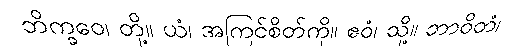
ဘိက္ခဝေ၊ တို့။ ယံ၊ အကြင်စိတ်ကို။ ဧဝံ၊ သို့။ ဘာဝိတံ၊